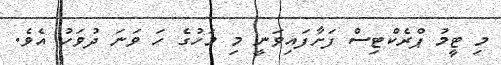
މި ޓީމު ޕްރެކްޓިސް ފަށާފައިވަނީ މި މަހުގެ ހަ ވަނަ ދުވަހު އެވެ.